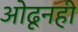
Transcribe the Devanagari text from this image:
ओढूनही